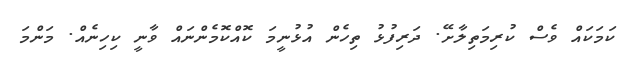
ކަމަކައް ވެސް ކުރިމަތިލާށޭ. ދަރިފުޅު ތިހެން އުޅުނީމަ ކޮއްކޮމެންނައް ވާނީ ކިހިނެއް. މަންމަ